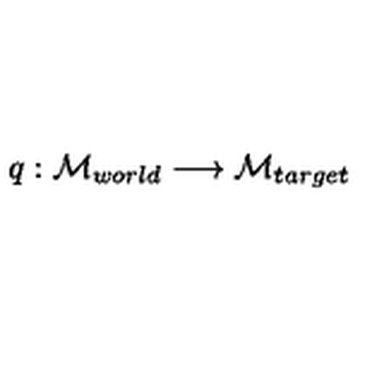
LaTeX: q : { \cal M } _ { w o r l d } \longrightarrow { \cal M } _ { t a r g e t }